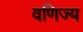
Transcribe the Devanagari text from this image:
वणिज्य